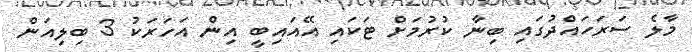
މާލެ ސަރަހައްދުގައި ބިނާ ކުރުމަށް ޓަކައި އޭއައިބީ އިން އަހަރަކު 3 ބިލިއަން